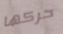
حركها